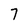
Character: 7